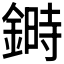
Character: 𨫉